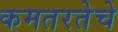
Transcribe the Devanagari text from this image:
कमतरतेचे